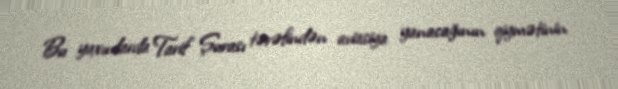
Bu yaxınlarda Tarif Şurası tərəfindən aviasiya yanacağının qiymətinin